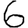
Digit: 6